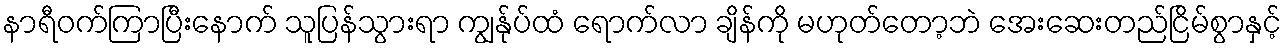
နာရီဝက်ကြာပြီးနောက် သူပြန်သွားရာ ကျွန်ုပ်ထံ ရောက်လာ ချိန်ကို မဟုတ်တော့ဘဲ အေးဆေးတည်ငြိမ်စွာနှင့်